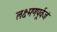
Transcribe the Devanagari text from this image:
लक्ष्मणपूर्वजं